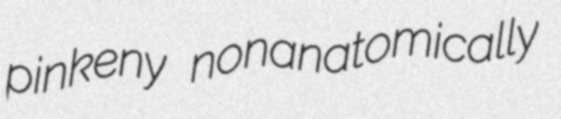
pinkeny nonanatomically